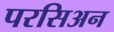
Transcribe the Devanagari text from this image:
परसिअन